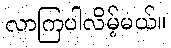
လာကြပါလိမ့်မယ်။